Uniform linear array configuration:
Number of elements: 12
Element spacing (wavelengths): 0.75
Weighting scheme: uniform
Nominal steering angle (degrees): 45
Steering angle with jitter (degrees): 43.111
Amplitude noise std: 0.05
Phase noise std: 0.05

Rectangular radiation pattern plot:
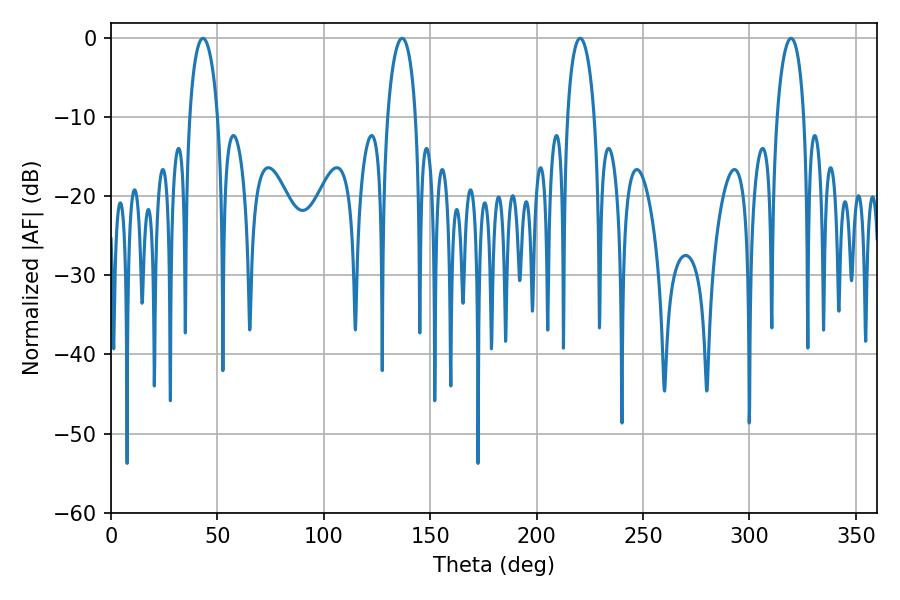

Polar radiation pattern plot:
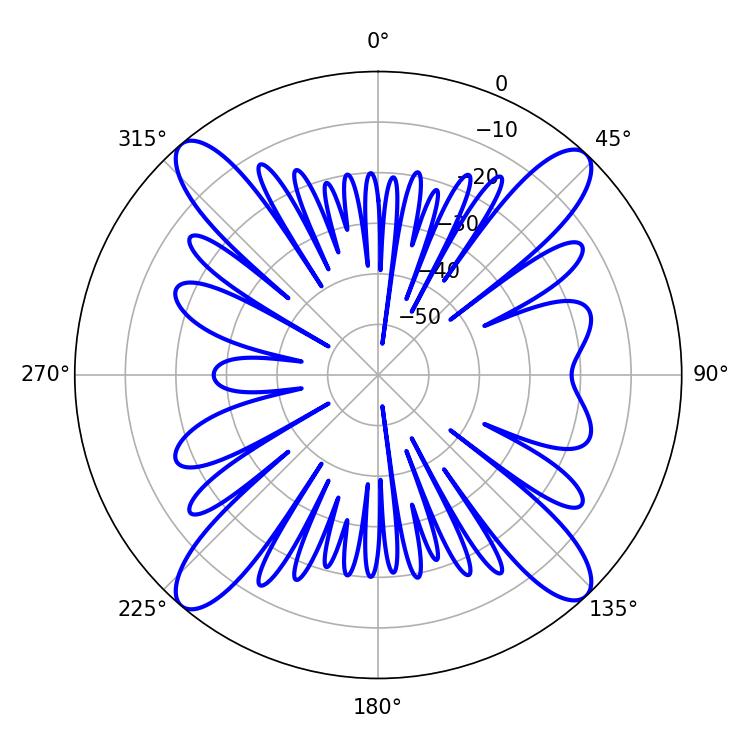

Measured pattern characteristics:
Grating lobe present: TRUE
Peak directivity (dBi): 18.916
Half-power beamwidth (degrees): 7.56
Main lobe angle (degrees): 43.2